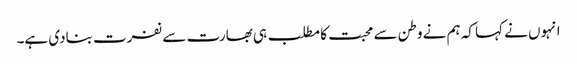
انہوں نے کہا کہ ہم نے وطن سے محبت کا مطلب ہی بھارت سے نفرت بنادی ہے۔